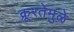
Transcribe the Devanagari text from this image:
क्रूरतेमुळे